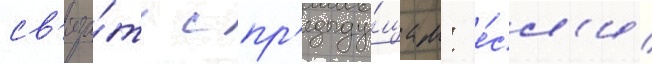
св'яза́ть с пр'едыду́щим: е́сл'и